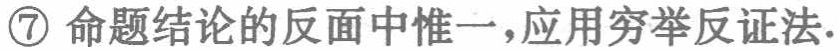
\textcircled{7} 命题结论的反面中惟一，应用穷举反证法.